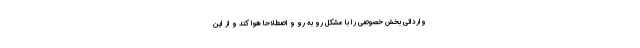
وارداتی بخش خصوصی را با مشکل رو به رو و اصطلاحاً هوا کند و از این